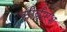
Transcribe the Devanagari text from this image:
सीबीएश